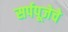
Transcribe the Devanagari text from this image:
सर्पपूजेचे